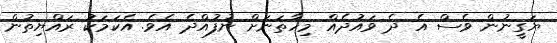
ޔަގީނުން ވެސް އެ ދެ ވައުދެއް މިހާތަނަށް ނުފުއްދެ އެވެ. އެކަމަކު ރައްޔިތުން